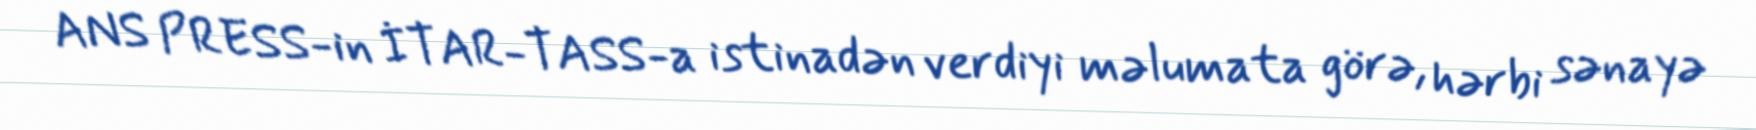
ANS PRESS-in İTAR-TASS-a istinadən verdiyi məlumata görə, hərbi sənayə